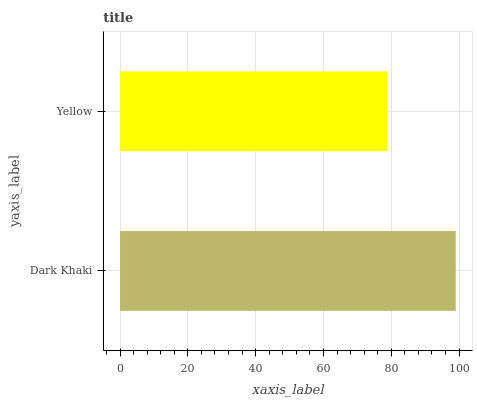
| yaxis_label | bars |
 | --- | --- |
 | Dark Khaki | 99 |
 | Yellow | 78.9 |